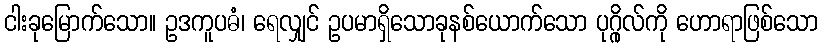
ငါးခုမြောက်သော။ ဥဒကူပဓံ၊ ရေလျှင် ဥပမာရှိသောခုနစ်ယောက်သော ပုဂ္ဂိုလ်ကို ဟောရာဖြစ်သော